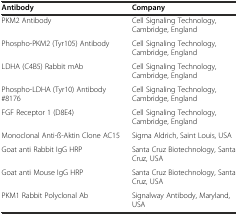
| Antibody | Company |
 | --- | --- |
 | PKM2 Antibody | Cell Signaling Technology, Cambridge, England |
 | Phospho-PKM2 (Tyr105) Antibody | Cell Signaling Technology, Cambridge, England |
 | LDHA (C4B5) Rabbit mAb | Cell Signaling Technology, Cambridge, England |
 | Phospho-LDHA (Tyr10) Antibody #8176 | Cell Signaling Technology, Cambridge, England |
 | FGF Receptor 1 (D8E4) | Cell Signaling Technology, Cambridge, England |
 | Monoclonal Anti-ß-Aktin Clone AC15 | Sigma Aldrich, Saint Louis, USA |
 | Goat anti Rabbit IgG HRP | Santa Cruz Biotechnology, Santa Cruz, USA |
 | Goat anti Mouse IgG HRP | Santa Cruz Biotechnology, Santa Cruz, USA |
 | PKM1 Rabbit Polyclonal Ab | Signalway Antibody, Maryland, USA |